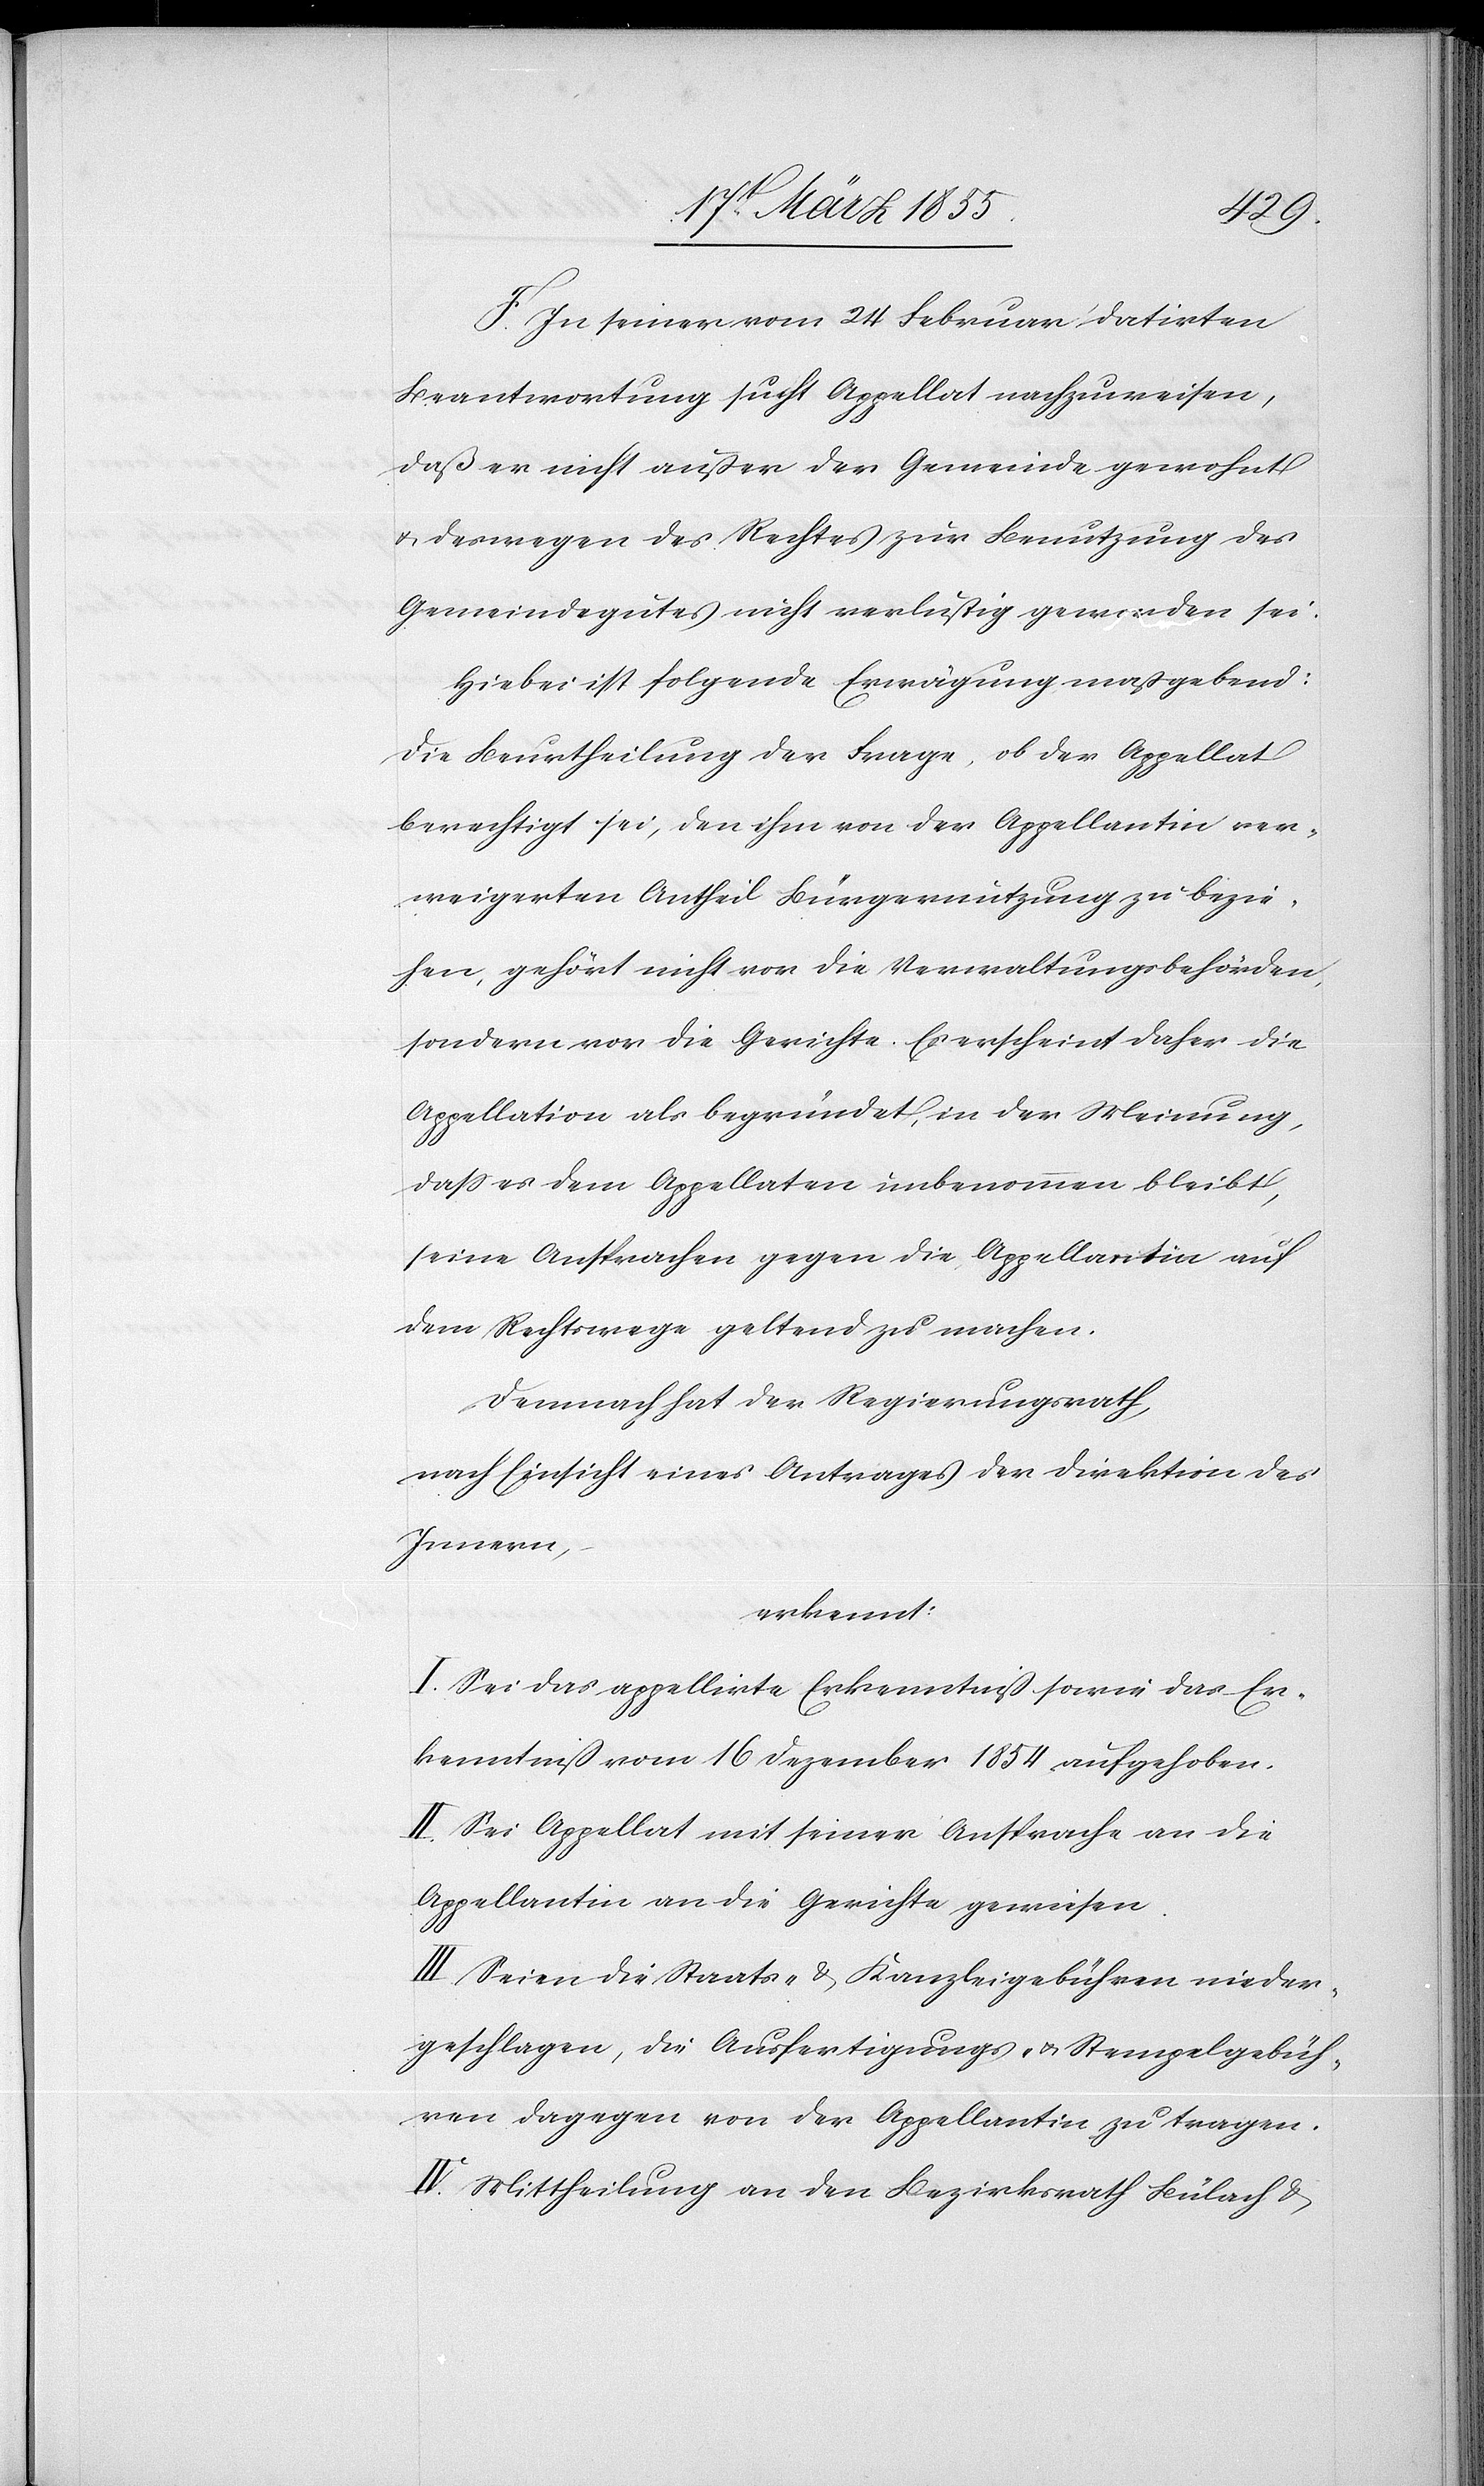
F. In seiner vom 24 Februar datirten
Beantwortung sucht Appellat nachzuweisen,
daß er nicht außer der Gemeinde gewohnt
& deswegen des Rechtes zur Benutzung des
Gemeindegutes nicht verlustig geworden sei.
Hiebei ist folgende Erwägung maßgebend:
Die Beurtheilung der Frage, ob der Appellat
berechtigt sei, den ihm von der Appellantin ver¬
weigerten Antheil Bürgernutzung zu bezie¬
hen, gehört nicht vor die Verwaltungsbehörden,
sondern vor die Gerichte. Es erscheint daher die
Appellation als begründet, in der Meinung,
dass es dem Appellaten unbenommen bleibt,
seine Ansprachen gegen die Appellantin auf
dem Rechtswege geltend zu machen.
Demnach hat der Regierungsrath,
nach Einsicht eines Antrages der Direktion des
Innern,
erkennt:
I. Sei das appellirte Erkenntniß sowie das Er¬
kenntniß vom 16 Dezember 1854 aufgehoben.
II. Sei Appellat mit seiner Ansprache an die
Appellantin an die Gerichte gewiesen.
III. Seien die Staats- & Kanzleigebühren nieder¬
geschlagen, die Ausfertigungs- & Stempelgebüh¬
ren dagegen von der Appellantin zu tragen.
IV. Mittheilung an den Bezirksrath Bülach &